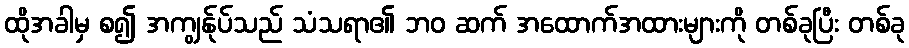
ထိုအခါမှ စ၍ အကျွန်ုပ်သည် သံသရာ၏ ဘဝ ဆက် အထောက်အထားများကို တစ်ခုပြီး တစ်ခု